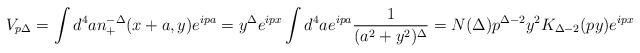
LaTeX: \begin{align*}V_{p\Delta }=\int d^{4}an_{+}^{-\Delta }(x+a,y)e^{ipa}=y^{\Delta}e^{ipx}\int d^{4}ae^{ipa}\frac{1}{(a^{2}+y^{2})^{\Delta }}=N(\Delta)p^{\Delta -2}y^{2}K_{\Delta -2}(py)e^{ipx}\end{align*}